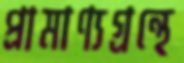
প্রামাণ্যগ্রন্থে